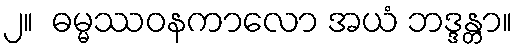
၂။  ဓမ္မဿဝနကာလော အယံ ဘဒ္ဒန္တာ။